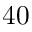
4 0